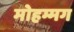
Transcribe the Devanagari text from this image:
मोहम्मग